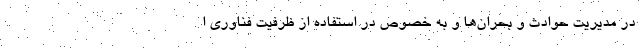
در مدیریت حوادث و بحران‌ها و به خصوص در استفاده از ظرفیت فناوری ا